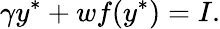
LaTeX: \gamma y^{*}+wf(y^{*})=I.